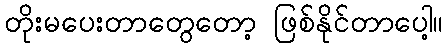
တိုးမပေးတာတွေတော့ ဖြစ်နိုင်တာပေါ့။